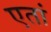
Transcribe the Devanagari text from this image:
एतां